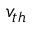
v _ { t h }